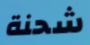
شحنة